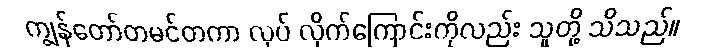
ကျွန်တော်တမင်တကာ လုပ် လိုက်ကြောင်းကိုလည်း သူတို့ သိသည်။